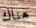
هناك